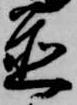
置